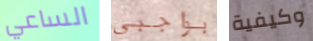
الساعي بواجبي وكيفية